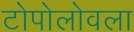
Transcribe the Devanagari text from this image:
टोपोलोवला